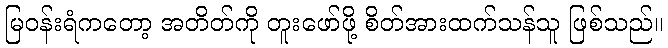
မြဝန်းရံကတော့ အတိတ်ကို တူးဖော်ဖို့ စိတ်အားထက်သန်သူ ဖြစ်သည်။